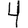
Digit: 4